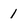
Character: 1